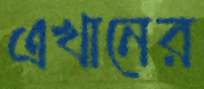
এখানের